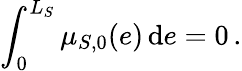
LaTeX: \int_{0}^{L_{S}}\mu_{S,0}(e)\, \mathrm{d}e=0\, .